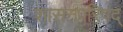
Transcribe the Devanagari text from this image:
शासनपरिषद्